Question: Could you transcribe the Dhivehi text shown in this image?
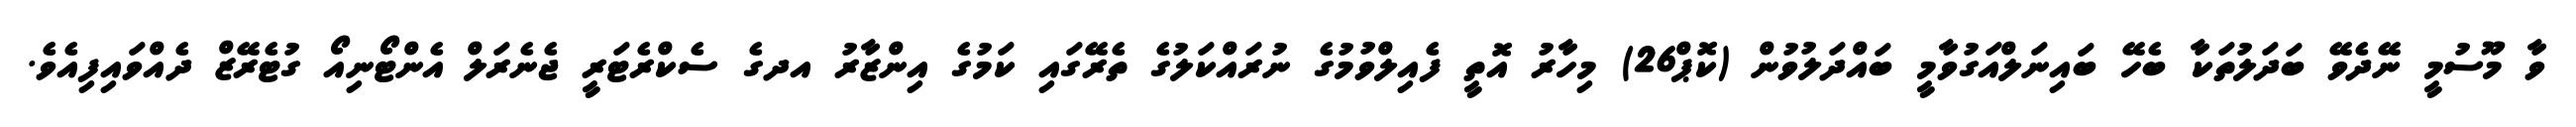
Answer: ވާ މޫސުމީ ނޭދެވޭ ބަދަލުތަކާ ބެހޭ ބައިނަލްއަގުވާމީ ބައްދަލުވުން (ކޮޕް26) މިހާރު އޮތީ ފެއިލްވުމުގެ ނުރައްކަލުގެ ތެރޭގައި ކަމުގެ އިންޒާރު އދގެ ސެކްރެޓަރީ ޖެނެރަލް އެންޓޯނިއޯ ގުޓެރޭޒް ދެއްވައިފިއެވެ.